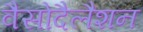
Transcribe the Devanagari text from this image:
वैसोदैलैशन